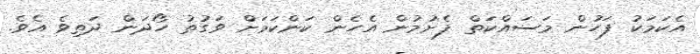
އެކަމަކު ފަހުން މަސައްކަތް ފެށުމުން އެހެން ކަންކަމަށް ވަގުތު ހޯދަން ދަތިވެ އެވެ.